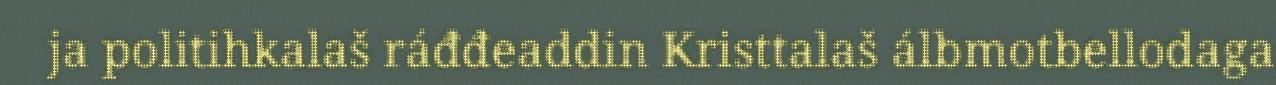
ja politihkalaš ráđđeaddin Kristtalaš álbmotbellodaga